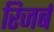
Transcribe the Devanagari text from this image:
रिजर्ब